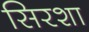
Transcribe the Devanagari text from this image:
सिरशा